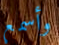
وأسمع